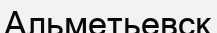
Альметьевск